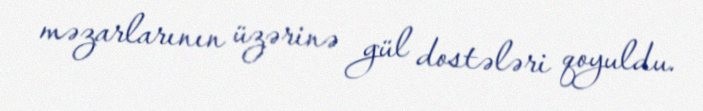
məzarlarının üzərinə gül dostələri qoyuldu.